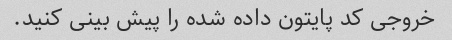
خروجی کد پایتون داده شده را پیش بینی کنید.